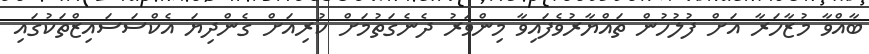
ބާއްވާ މުޒާހަރާ އަށް ފުލުހުން ތައްޔާރުވެފައިވާ މިންވަރު ދެނެގަތުމަށް ކުރިއަށް ގެންދިޔަ އެކްސަސައިޒްތަކުގައި